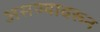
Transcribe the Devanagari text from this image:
असण्यावरून